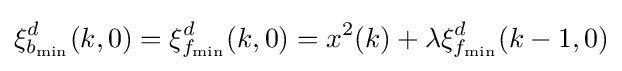
\xi _{b_{\min }}^{d}(k,0)=\xi _{f_{\min }}^{d}(k,0)=x^{2}(k)+\lambda \xi _{f_{\min }}^{d}(k-1,0)\,\!